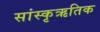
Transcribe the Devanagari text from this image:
सांस्कृऋतिक